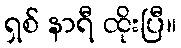
ရှစ် နာရီ ထိုးပြီ။